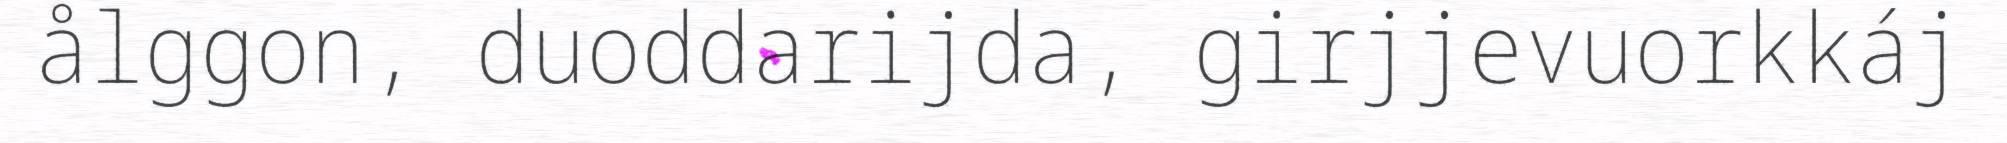
ålggon, duoddarijda, girjjevuorkkáj